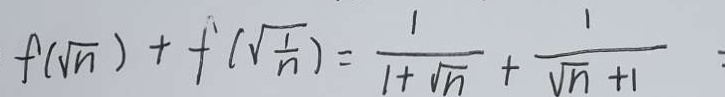
f ( \sqrt { n } ) + f ( \sqrt { \frac { 1 } { n } } ) = \frac { 1 } { 1 + \sqrt { n } } + \frac { 1 } { \sqrt { n } + 1 }